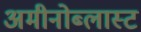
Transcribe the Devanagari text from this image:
अमीनोब्लास्ट